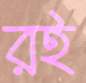
রই